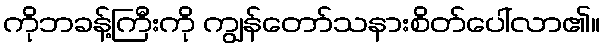
ကိုဘခန့်ကြီးကို ကျွန်တော်သနားစိတ်ပေါ်လာ၏။